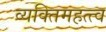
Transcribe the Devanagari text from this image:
व्यक्‍तिमहत्त्व